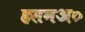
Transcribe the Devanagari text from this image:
हसनअ०